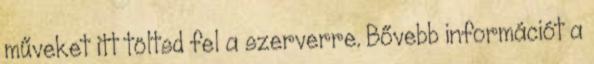
műveket itt töltsd fel a szerverre. Bővebb információt a